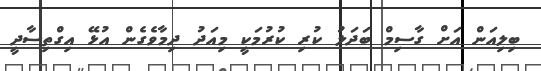
ބިލިއަން އަށް ގާސިމް ބަދަލު ކުރި ކުރުމަކީ މިއަދު ދިމާވެގެން އުޅޭ އިގްތިސާދީ